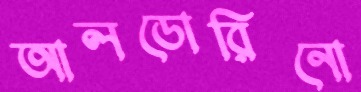
আলডোরিনো